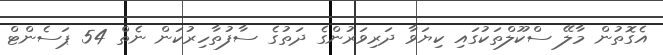
އެގޮތުން މާލޭ ސްކޫލްތަކުގައި ކިޔަވާ ދަރިވަރުންގެ ދަތުގެ ސާފުތާހިރުކަން ނެތް 54 ޕަސެންޓް